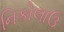
નિકોલાઉ